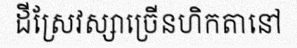
ដីស្រែវស្សាច្រើនហិកតានៅ